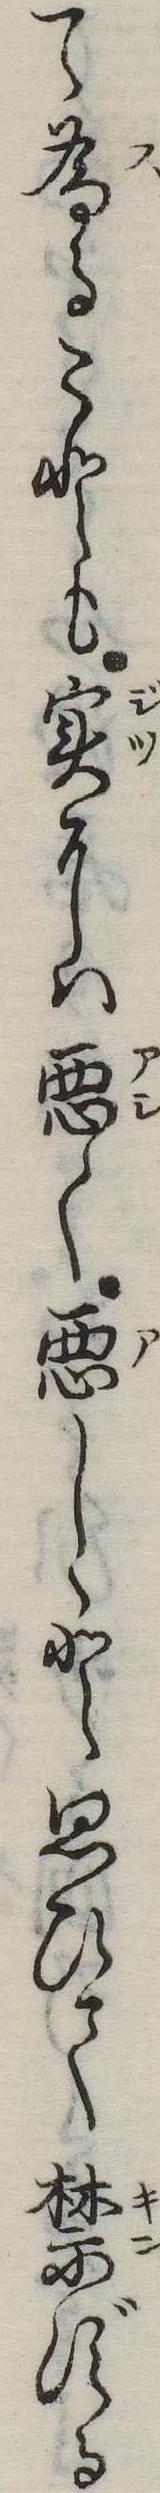
て為ることも実には悪く悪しと思ひて禁ずる